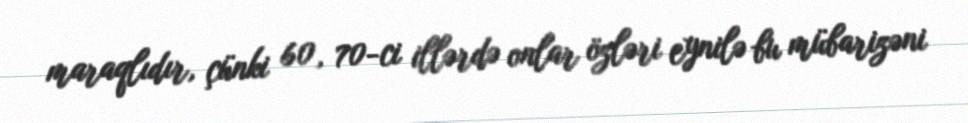
maraqlıdır, çünki 60, 70-ci illərdə onlar özləri eynilə bu mübarizəni